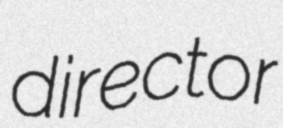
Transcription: director